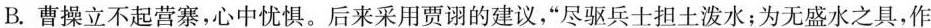
B.曹操立不起营寨，心中忧惧。后来采用贾诩的建议，”尽驱兵士担土泼水；为无盛水之具，作